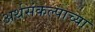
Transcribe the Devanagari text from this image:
अर्थसंकल्पाच्या